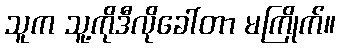
သူက သူ့ကိုဒီလိုခေါ်တာ မကြိုက်။